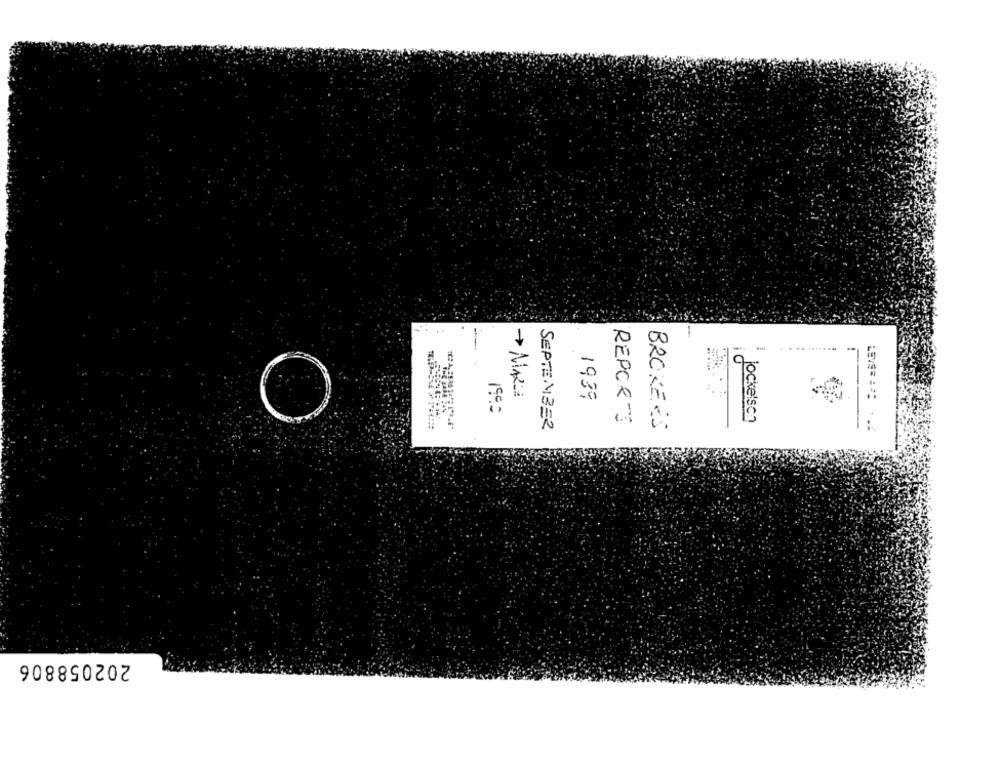
T
20
10
1939
REPORTS
jockelsch
O
SEPTEMBER
BROKERS
202058806